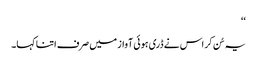
‘‘
یہ سُن کر اس نے ڈری ہوئی آواز میں صرف اتنا کہا۔